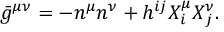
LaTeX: { } \bar { g } ^ { \mu \nu } = - n ^ { \mu } n ^ { \nu } + h ^ { i j } X _ { i } ^ { \mu } X _ { j } ^ { \nu } .